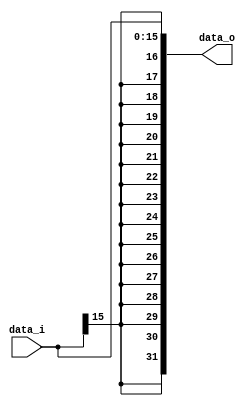
//Subject:     Architecture project 3 - Sign extend
//--------------------------------------------------------------------------------
//Version:     1
//--------------------------------------------------------------------------------
//Writer:      Zhang Linghao
//----------------------------------------------
//----------------------------------------------
//Description: 
//--------------------------------------------------------------------------------

module Sign_Extend(
    data_i,
    data_o
    );

//I/O ports
input   [16-1:0] data_i;
output  [32-1:0] data_o;

//Internal Signals
reg     [32-1:0] data_o;

//Sign extended
always@(data_i) begin
    data_o = { { 16{data_i[15]} }, { data_i[15:0] } };
end

endmodule